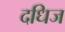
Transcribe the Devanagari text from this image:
दधिज